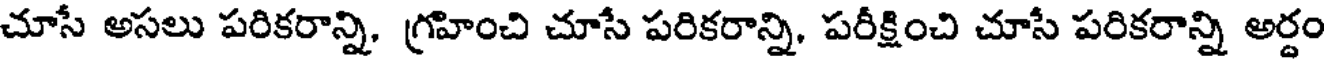
చూసే అసలు పరికరాన్ని, గ్రహించి చూసే పరికరాన్ని, పరీక్షించి చూసే పరికరాన్ని అర్దం